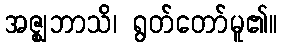
အဇ္ဈဘာသိ၊ ရွတ်တော်မူ၏။